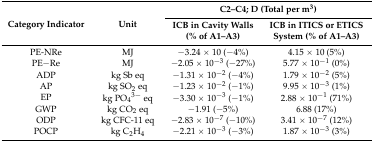
<table><thead><tr><td rowspan="2"><b>Category Indicator</b></td><td rowspan="2"><b>Unit</b></td><td colspan="2"><b>C2–C4; D (Total per m<sup>3</sup>)</b></td></tr><tr><td><b>ICB in Cavity Walls (% of A1–A3)</b></td><td><b>ICB in ITICS or ETICS System (% of A1–A3)</b></td></tr></thead><tbody><tr><td>PE-NRe</td><td>MJ</td><td>−3.24 × 10 (−4%)</td><td>4.15 × 10 (5%)</td></tr><tr><td>PE−Re</td><td>MJ</td><td>−2.05 × 10<sup>−3</sup> (−27%)</td><td>5.77 × 10<sup>−1</sup> (0%)</td></tr><tr><td>ADP</td><td>kg Sb eq</td><td>−1.31 × 10<sup>−2</sup> (−4%)</td><td>1.79 × 10<sup>−2</sup> (5%)</td></tr><tr><td>AP</td><td>kg SO<sub>2</sub> eq</td><td>−1.23 × 10<sup>−2</sup> (−1%)</td><td>9.95 × 10<sup>−3</sup> (1%)</td></tr><tr><td>EP</td><td>kg PO<sub>4</sub><sup>3−</sup> eq</td><td>−3.30 × 10<sup>−3</sup> (−1%)</td><td>2.88 × 10<sup>−1</sup> (71%)</td></tr><tr><td>GWP</td><td>kg CO<sub>2</sub> eq</td><td>−1.91 (−5%)</td><td>6.88 (17%)</td></tr><tr><td>ODP</td><td>kg CFC-11 eq</td><td>−2.83 × 10<sup>−7</sup> (−10%)</td><td>3.41 × 10<sup>−7</sup> (12%)</td></tr><tr><td>POCP</td><td>kg C<sub>2</sub>H<sub>4</sub></td><td>−2.21 × 10<sup>−3</sup> (−3%)</td><td>1.87 × 10<sup>−3</sup> (3%)</td></tr></tbody></table>